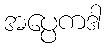
အပ္ပေကဒါ